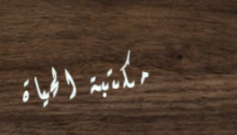
مكتبة الحياة